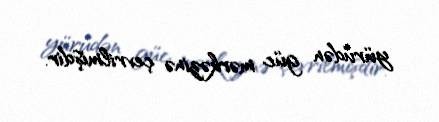
yürüdən güc mərkəzinə çevrilmişdir.